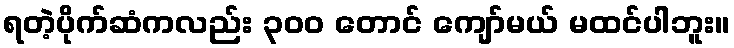
ရတဲ့ပိုက်ဆံကလည်း ၃၀၀ တောင် ကျော်မယ် မထင်ပါဘူး။